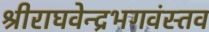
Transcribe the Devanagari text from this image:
श्रीराघवेन्द्रभगवंस्तव